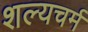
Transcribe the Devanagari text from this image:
शल्यचर्म